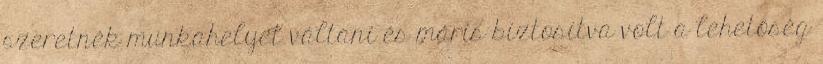
szeretnék munkahelyet váltani és máris biztosítva volt a lehetőség